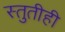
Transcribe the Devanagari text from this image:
स्तुतीही